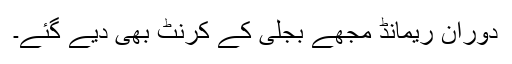
دورانِ ریمانڈ مجھے بجلی کے کرنٹ بھی دیے گئے۔